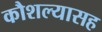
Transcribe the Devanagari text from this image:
कौशल्यासह